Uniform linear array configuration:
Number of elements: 16
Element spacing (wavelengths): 1
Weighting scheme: binomial
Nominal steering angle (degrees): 60
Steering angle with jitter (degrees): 58.048
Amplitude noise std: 0.05
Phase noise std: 0.05

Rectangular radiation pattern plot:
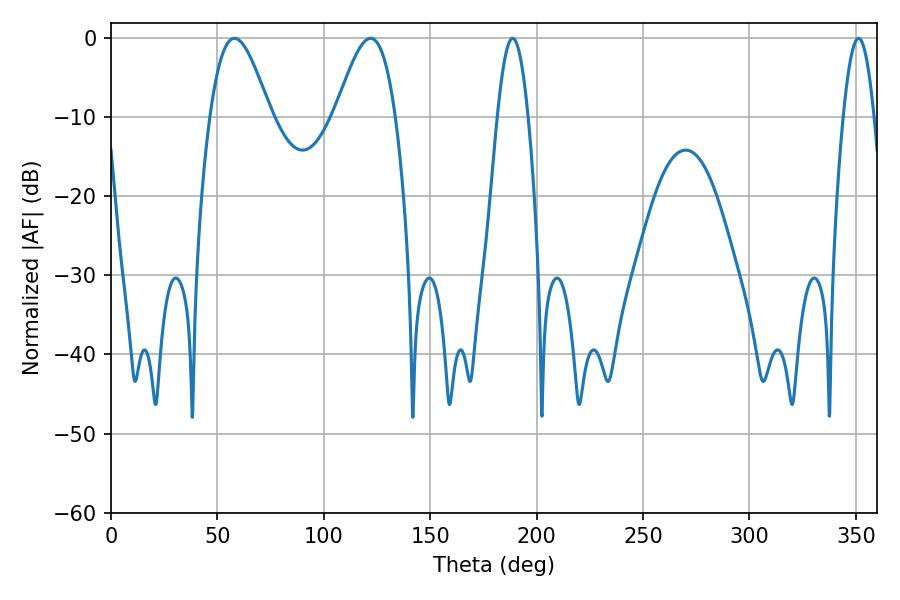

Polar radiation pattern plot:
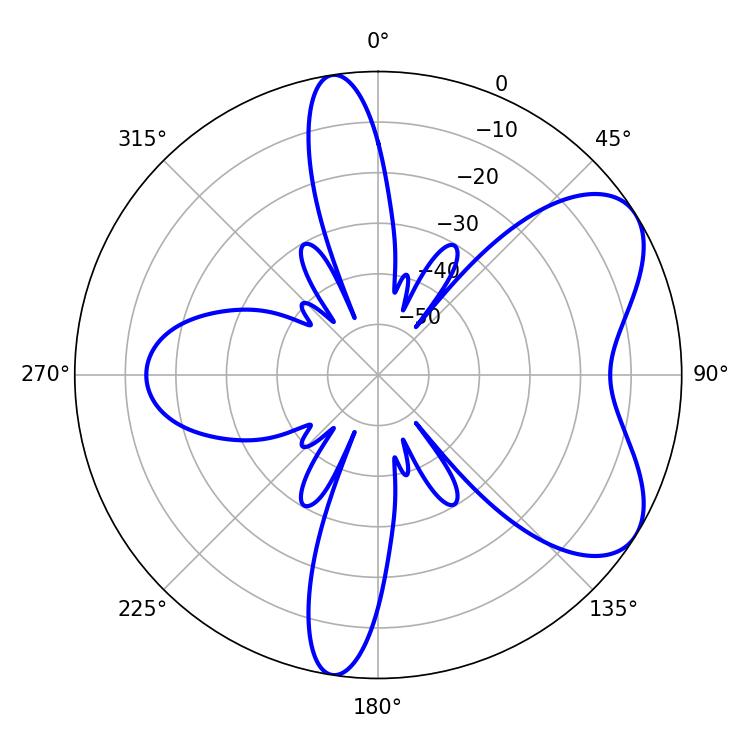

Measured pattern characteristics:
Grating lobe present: TRUE
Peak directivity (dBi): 6.402
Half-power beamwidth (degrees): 15.12
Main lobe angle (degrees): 57.96